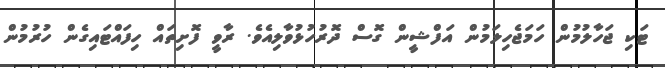
ޓަކި ޖަހާލުމުން ހަމަޖެހިލަމުން އަފްޝީން ގޮސް ދޮރުހުޅުވާލިއެވެ. ރާވީ ފޮށިތައް ހިފައްޓައިގެން ހުރުމުން